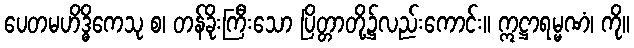
ပေတမဟိဒ္ဓိကေသု စ၊ တန်ခိုးကြီးသော ပြိတ္တာတို့၌လည်းကောင်း။ ဣဋ္ဌာရမ္မဏံ၊ ကို။